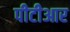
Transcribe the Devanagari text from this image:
पीटीआर